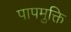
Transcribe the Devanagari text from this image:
पापमुक्ति